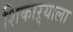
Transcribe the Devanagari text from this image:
शिकाऱ्याला